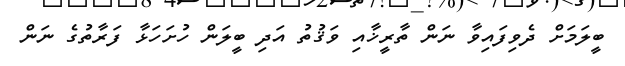
ބީލަމަށް ދެވިފައިވާ ނަން ތާރީޚާއި ވަޤުތު އަދި ބީލަން ހުށަހަޅާ ފަރާތުގެ ނަން